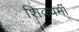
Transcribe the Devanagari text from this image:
शिवधर्मी